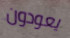
يعودون